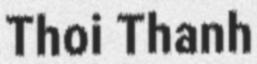
Thoi Thanh